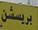
بر